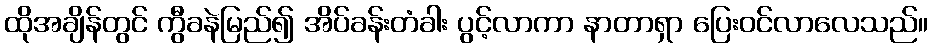
ထိုအချိန်တွင် ကွီခနဲမြည်၍ အိပ်ခန်းတံခါး ပွင့်လာကာ နာတာရှာ ပြေးဝင်လာလေသည်။